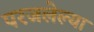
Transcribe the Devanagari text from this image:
परजलेल्या